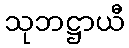
သုဘဋ္ဌာယီ